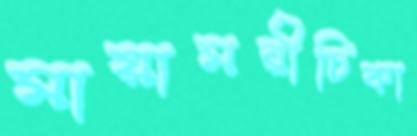
মায়ামরীচিকা